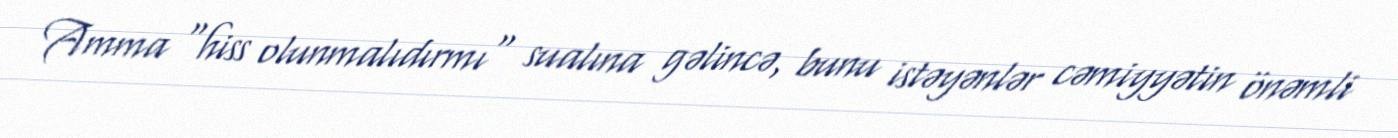
Amma "hiss olunmalıdırmı" sualına gəlincə, bunu istəyənlər cəmiyyətin önəmli